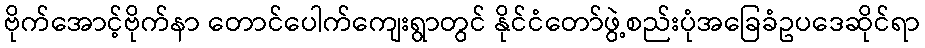
ဗိုက်အောင့်ဗိုက်နာ တောင်ပေါက်ကျေးရွာတွင် နိုင်ငံတော်ဖွဲ့စည်းပုံအခြေခံဥပဒေဆိုင်ရာ